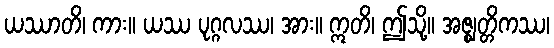
ယဿာတိ၊ ကား။ ယဿ ပုဂ္ဂလဿ၊ အား။ ဣတိ၊ ဤသို့။ အဇ္ဈတ္တိကဿ၊